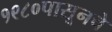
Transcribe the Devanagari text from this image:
१९८०पासूनचे